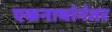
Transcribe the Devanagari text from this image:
एकनाथांनंतर